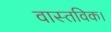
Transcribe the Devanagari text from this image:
वास्तविक।